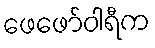
ဖေဖော်ဝါရီက